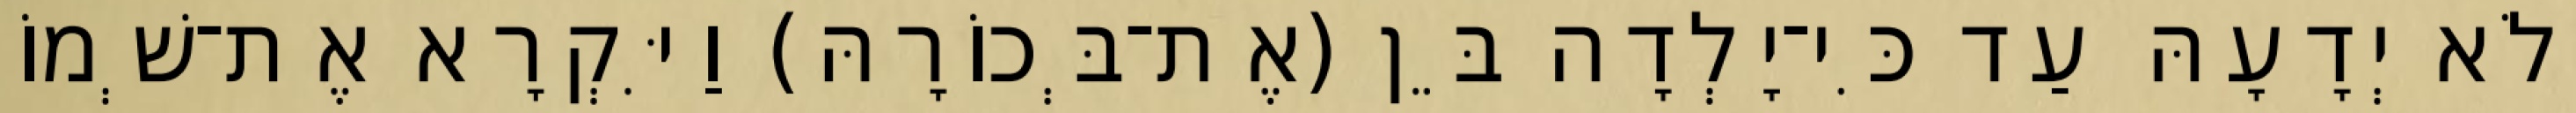
וְלֹא יְדָעָהּ עַד כִּי־יָלְדָה בֵּן (אֶת־בְּכוֹרָהּ) וַיִּקְרָא אֶת־שְׁמוֹ